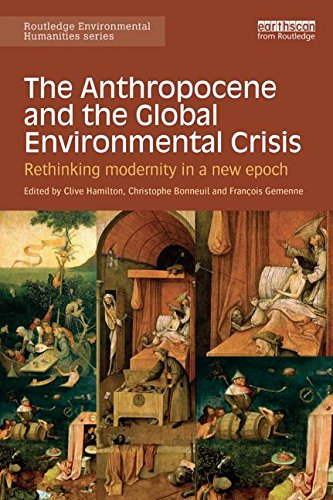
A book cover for The Anthropocene and the Global Environmental Crisis: Rethinking modernity in a new epoch (Routledge Environmental Humanities); Business & Money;